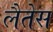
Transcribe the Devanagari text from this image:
लैतेस